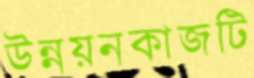
উন্নয়নকাজটি